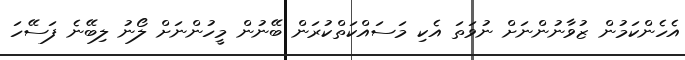
އެހެންކަމުން ޒުވާނުންނަށް ނުވަތަ އެކި މަސައްކަތްކުރަން ބޭނުން މީހުންނަށް ލޯނު ލިބޭނެ ފަސޭހަ